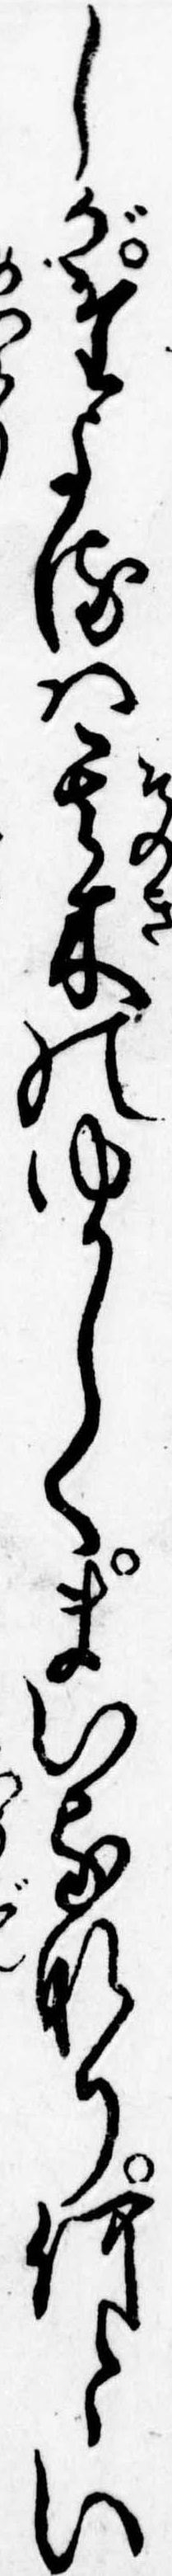
しがたよるは其木のゆかしくまいるなり何とい